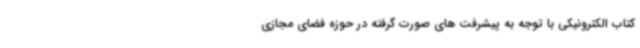
کتاب الکترونیکی با توجه به پیشرفت های صورت گرفته در حوزه فضای مجازی